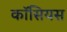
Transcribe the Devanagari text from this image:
कॉसियस